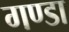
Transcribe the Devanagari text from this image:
गण्डा